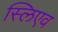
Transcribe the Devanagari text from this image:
स्लिएव